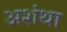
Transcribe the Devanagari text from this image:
अशंथा